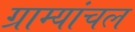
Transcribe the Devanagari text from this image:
ग्राम्यांचल